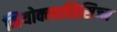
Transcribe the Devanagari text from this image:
नियोक्लासिसिज्म